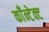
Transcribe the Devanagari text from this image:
काँन्टेक्ट